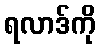
ရလာဒ်ကို